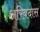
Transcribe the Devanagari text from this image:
अरिबदास